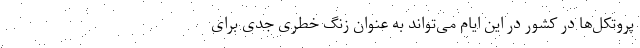
پروتکل‌ها در کشور در این ایام می‌تواند به عنوان زنگ خطری جدی برای